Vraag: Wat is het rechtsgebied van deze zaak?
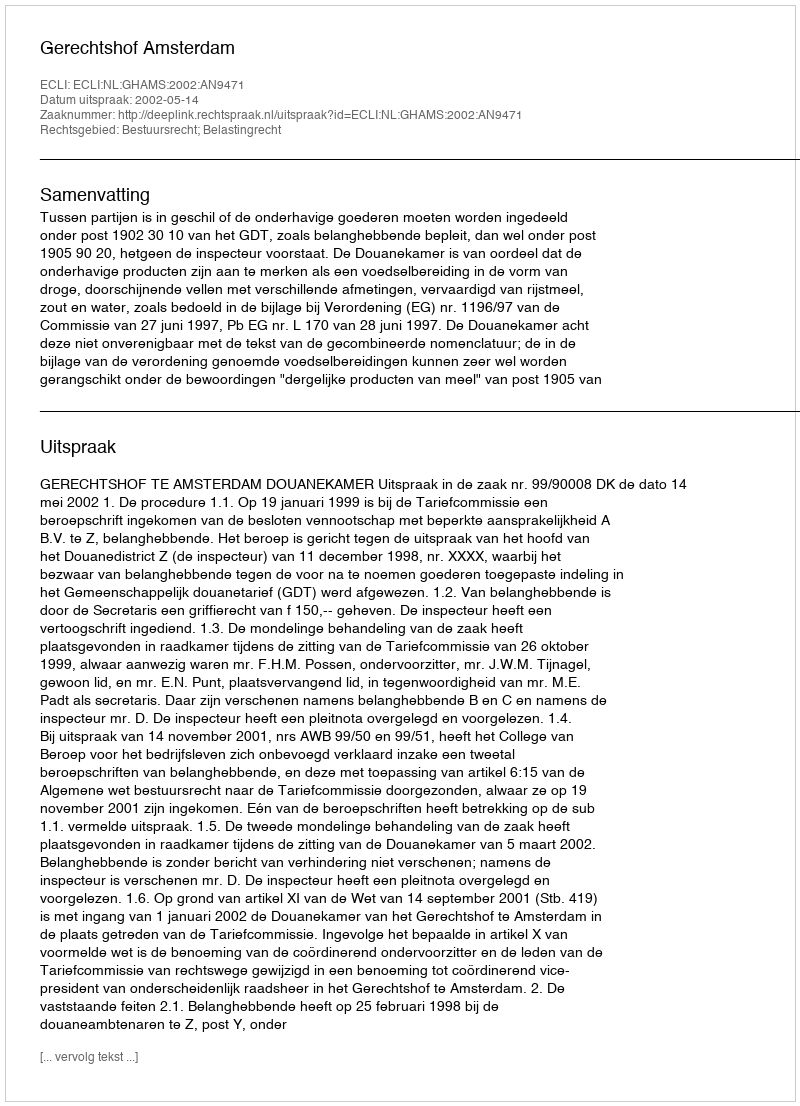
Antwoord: Bestuursrecht; Belastingrecht